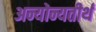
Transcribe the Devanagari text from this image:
अन्योन्यतीर्थ